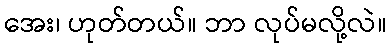
အေး၊ ဟုတ်တယ်။ ဘာ လုပ်မလို့လဲ။